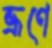
ভ্রূণে